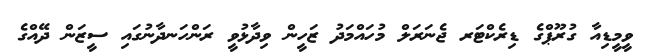
ވީމީޑިއާ ގުރޫޕްގެ ޑިރެކްޓަރ ޖެނަރަލް މުހައްމަދު ޒަހީން ވިދާޅުވީ ރަންހަނދާނުގައި ސީޒަން ދޭއްގެ